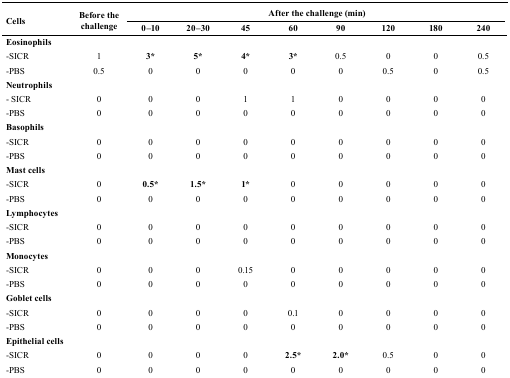
<table><thead><tr><td rowspan="2"><b>Cells</b></td><td rowspan="2"><b>Before the challenge</b></td><td colspan="8"><b>After the challenge (min)</b></td></tr><tr><td><b>0–10</b></td><td><b>20–30</b></td><td><b>45</b></td><td><b>60</b></td><td><b>90</b></td><td><b>120</b></td><td><b>180</b></td><td><b>240</b></td></tr></thead><tbody><tr><td><b>Eosinophils</b></td><td></td><td></td><td></td><td></td><td></td><td></td><td></td><td></td><td></td></tr><tr><td>-SICR</td><td>1</td><td><b>3*</b></td><td><b>5*</b></td><td><b>4*</b></td><td><b>3*</b></td><td>0.5</td><td>0</td><td>0</td><td>0.5</td></tr><tr><td>-PBS</td><td>0.5</td><td>0</td><td>0</td><td>0</td><td>0</td><td>0</td><td>0.5</td><td>0</td><td>0.5</td></tr><tr><td colspan="2"><b>Neutrophils</b></td><td></td><td></td><td></td><td></td><td></td><td></td><td></td><td></td></tr><tr><td>- SICR</td><td>0</td><td>0</td><td>0</td><td>1</td><td>1</td><td>0</td><td>0</td><td>0</td><td>0</td></tr><tr><td>-PBS</td><td>0</td><td>0</td><td>0</td><td>0</td><td>0</td><td>0</td><td>0</td><td>0</td><td>0</td></tr><tr><td><b>Basophils</b></td><td></td><td></td><td></td><td></td><td></td><td></td><td></td><td></td><td></td></tr><tr><td>-SICR</td><td>0</td><td>0</td><td>0</td><td>0</td><td>0</td><td>0</td><td>0</td><td>0</td><td>0</td></tr><tr><td>-PBS</td><td>0</td><td>0</td><td>0</td><td>0</td><td>0</td><td>0</td><td>0</td><td>0</td><td>0</td></tr><tr><td colspan="2"><b>Mast cells</b></td><td></td><td></td><td></td><td></td><td></td><td></td><td></td><td></td></tr><tr><td>-SICR</td><td>0</td><td><b>0.5*</b></td><td><b>1.5*</b></td><td><b>1*</b></td><td>0</td><td>0</td><td>0</td><td>0</td><td>0</td></tr><tr><td>-PBS</td><td>0</td><td>0</td><td>0</td><td>0</td><td>0</td><td>0</td><td>0</td><td>0</td><td>0</td></tr><tr><td colspan="2"><b>Lymphocytes</b></td><td></td><td></td><td></td><td></td><td></td><td></td><td></td><td></td></tr><tr><td>-SICR</td><td>0</td><td>0</td><td>0</td><td>0</td><td>0</td><td>0</td><td>0</td><td>0</td><td>0</td></tr><tr><td>-PBS</td><td>0</td><td>0</td><td>0</td><td>0</td><td>0</td><td>0</td><td>0</td><td>0</td><td>0</td></tr><tr><td colspan="2"><b>Monocytes</b></td><td></td><td></td><td></td><td></td><td></td><td></td><td></td><td></td></tr><tr><td>-SICR</td><td>0</td><td>0</td><td>0</td><td>0.15</td><td>0</td><td>0</td><td>0</td><td>0</td><td>0</td></tr><tr><td>-PBS</td><td>0</td><td>0</td><td>0</td><td>0</td><td>0</td><td>0</td><td>0</td><td>0</td><td>0</td></tr><tr><td colspan="2"><b>Goblet cells</b></td><td></td><td></td><td></td><td></td><td></td><td></td><td></td><td></td></tr><tr><td>-SICR</td><td>0</td><td>0</td><td>0</td><td>0</td><td>0.1</td><td>0</td><td>0</td><td>0</td><td>0</td></tr><tr><td>-PBS</td><td>0</td><td>0</td><td>0</td><td>0</td><td>0</td><td>0</td><td>0</td><td>0</td><td>0</td></tr><tr><td colspan="2"><b>Epithelial cells</b></td><td></td><td></td><td></td><td></td><td></td><td></td><td></td><td></td></tr><tr><td>-SICR</td><td>0</td><td>0</td><td>0</td><td>0</td><td><b>2.5*</b></td><td><b>2.0*</b></td><td>0.5</td><td>0</td><td>0</td></tr><tr><td>-PBS</td><td>0</td><td>0</td><td>0</td><td>0</td><td>0</td><td>0</td><td>0</td><td>0</td><td>0</td></tr></tbody></table>